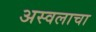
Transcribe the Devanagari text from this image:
अस्वलाचा